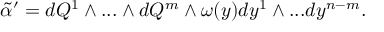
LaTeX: { \tilde { \alpha } } ^ { \prime } = d Q ^ { 1 } \wedge . . . \wedge d Q ^ { m } \wedge \omega ( y ) d y ^ { 1 } \wedge . . . d y ^ { n - m } .